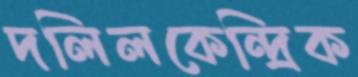
দলিলকেন্দ্রিক